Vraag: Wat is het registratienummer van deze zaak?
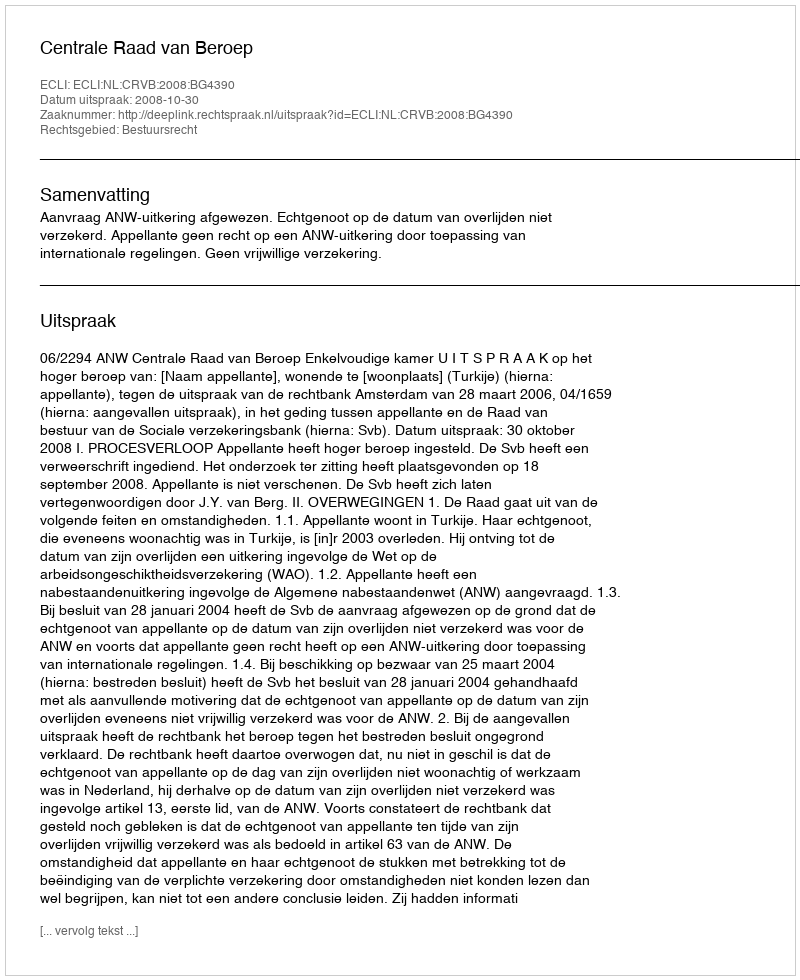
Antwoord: http://deeplink.rechtspraak.nl/uitspraak?id=ECLI:NL:CRVB:2008:BG4390